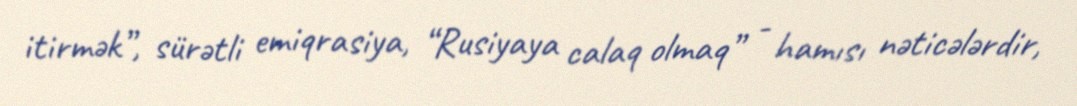
itirmək”, sürətli emiqrasiya, “Rusiyaya calaq olmaq” - hamısı nəticələrdir,